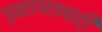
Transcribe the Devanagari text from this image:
पुढारमतवादी